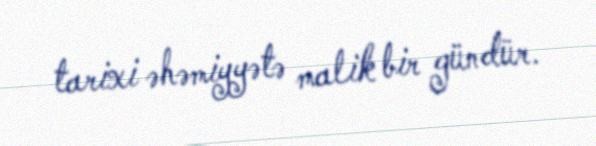
tarixi əhəmiyyətə malik bir gündür.